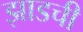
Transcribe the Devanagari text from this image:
झाडची